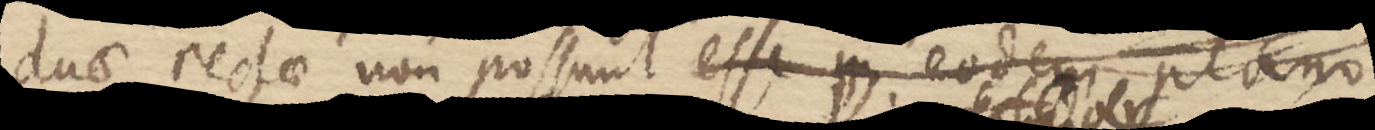
duae rectae non possunt esse in eodem plano